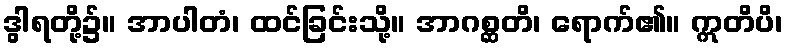
ဒွါရတို့၌။ အာပါတံ၊ ထင်ခြင်းသို့။ အာဂစ္ဆတိ၊ ရောက်၏။ ဣတိပိ၊